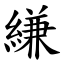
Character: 縑